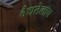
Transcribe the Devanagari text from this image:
वैधतेलाच